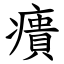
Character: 㿉